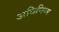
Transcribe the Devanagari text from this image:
अधिनिय्म